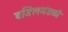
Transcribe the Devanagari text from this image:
वडिलमंडळी